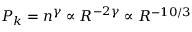
P _ { k } = n ^ { \gamma } \propto R ^ { - 2 \gamma } \propto R ^ { - 1 0 / 3 }